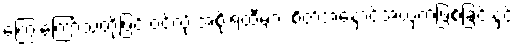
ကြွေးကြော်သံတို့ဖြင့် ဝင်လို့ အစိုးရထီများ စိတ်အနှောင့်အယှက်ဖြစ်ခြင်းနှင့်